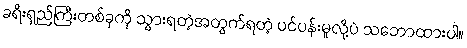
ခရီးရှည်ကြီးတစ်ခုကို သွားရတဲ့အတွက်ရတဲ့ ပင်ပန်းမှုလို့ပဲ သဘောထားပါ။